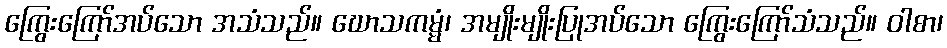
ကြွေးကြော်အပ်သော အသံသည်။ ဃောသကမ္မံ၊ အမျိုးမျိုးပြုအပ်သော ကြွေးကြော်သံသည်။ ဝါစာ၊